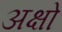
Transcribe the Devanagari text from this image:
अक्षो